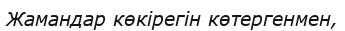
Жамандар көкірегін көтергенмен,